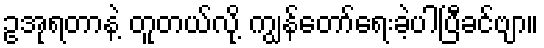
ဥအုရတာနဲ့ တူတယ်လို့ ကျွန်တော်ရေးခဲ့ပါပြီခင်ဗျာ။